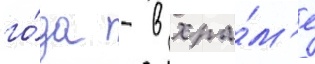
го́да - в хра́м'е